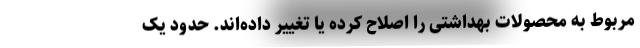
مربوط به محصولات بهداشتی را اصلاح کرده یا تغییر داده‌اند. حدود یک